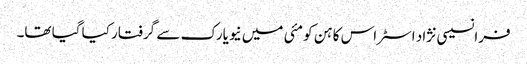
فرانسیسی نژاد اسٹراس کاہن کو مئی میں نیویارک سے گرفتار کیا گیا تھا۔